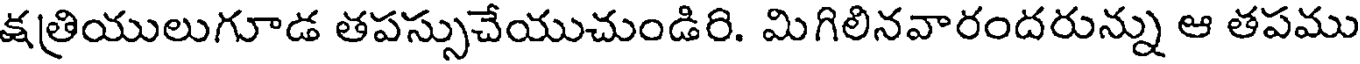
క్షత్రియులుగూడ తపస్సుచేయుచుండిరి. మిగిలినవారందరున్ను ఆ తపము